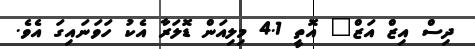
ދިސް އިޒް އަޒް" އޮތީ 4.1 މިލިއަން ޑޮލަރާ އެކު ހަވަނައިގަ އެވެ.